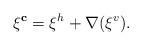
LaTeX: \begin{align*}\xi ^{\mathbf{c}}=\xi ^{h}+\nabla (\xi ^{v}). \end{align*}